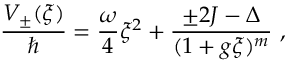
\frac { V _ { \pm } ( \xi ) } { \hbar } = \frac { \omega } { 4 } \xi ^ { 2 } + \frac { \pm 2 J - \Delta } { ( 1 + g \xi ) ^ { m } } \ ,